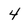
Character: 4